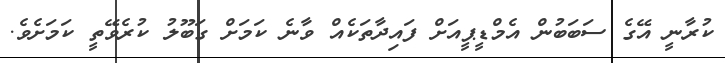
ކުރާނީ އޭގެ ސަބަބުން އެމްޑީޕީއަށް ފައިދާތަކެއް ވާނެ ކަމަށް ގަބޫލު ކުރެވޭތީ ކަމަށެވެ.